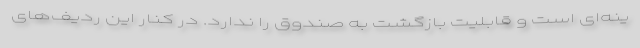
ینه‌ای است و قابلیت بازگشت به صندوق را ندارد. در كنار این ردیف‌های